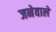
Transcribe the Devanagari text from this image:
जनेवाले